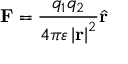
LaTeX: \mathbf { F } = { \frac { q _ { 1 } q _ { 2 } } { 4 \pi \varepsilon \left| \mathbf { r } \right| ^ { 2 } } } { \hat { \mathbf { r } } }